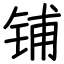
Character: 铺